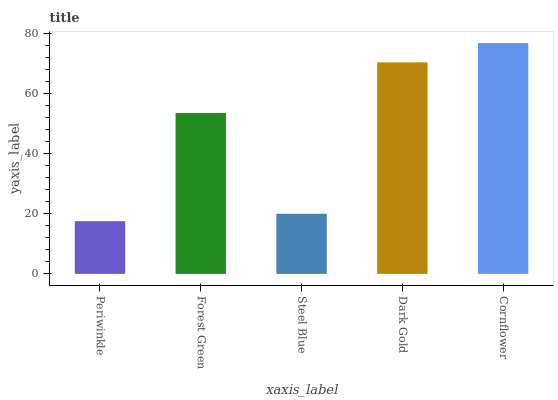
| xaxis_label | bars |
 | --- | --- |
 | Periwinkle | 17.5 |
 | Forest Green | 53.5 |
 | Steel Blue | 20 |
 | Dark Gold | 70.3 |
 | Cornflower | 76.8 |